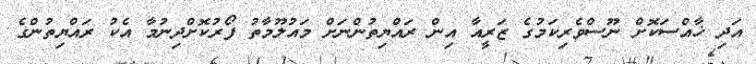
އަދި ޚާއްސަކޮށް ނޫސްވެރިކަމުގެ ޒަރީއާ އިން ރައްޔިތުންނަށް މައުލޫމާތު ފޯރުކޮށްދިނުމާ އެކު ރައްޔިތުންގެ